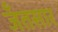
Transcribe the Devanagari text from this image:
जँतसार